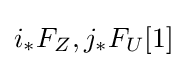
i_{*}F_{Z},j_{*}F_{U}[1]